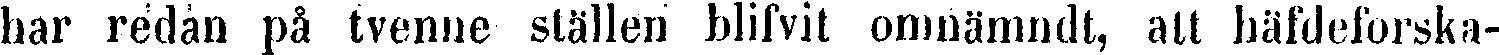
har redan på tvenne ställen blifvit omnämndt, att häfdeforska-